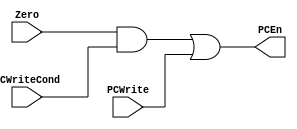
module Branch_logic (
    input Zero, PCWriteCond, PCWrite,
    
    output PCEn
);

    assign PCEn = (Zero & PCWriteCond) | PCWrite;

endmodule